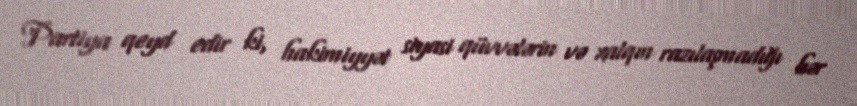
Partiya qeyd edir ki, hakimiyyət siyasi qüvvələrin və xalqın razılaşmadığı hər